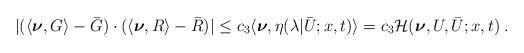
LaTeX: \begin{align*}\begin{aligned}| (\langle\boldsymbol{\nu},G\rangle-\bar G )\cdot (\langle\boldsymbol{\nu},R\rangle- \bar R)| &\le c_3 \langle \boldsymbol{\nu} , \eta (\lambda | \bar U;x,t ) \rangle = c_3 \mathcal{H} ( \boldsymbol{\nu},U,\bar{U};x,t)\;.\end{aligned}\end{align*}